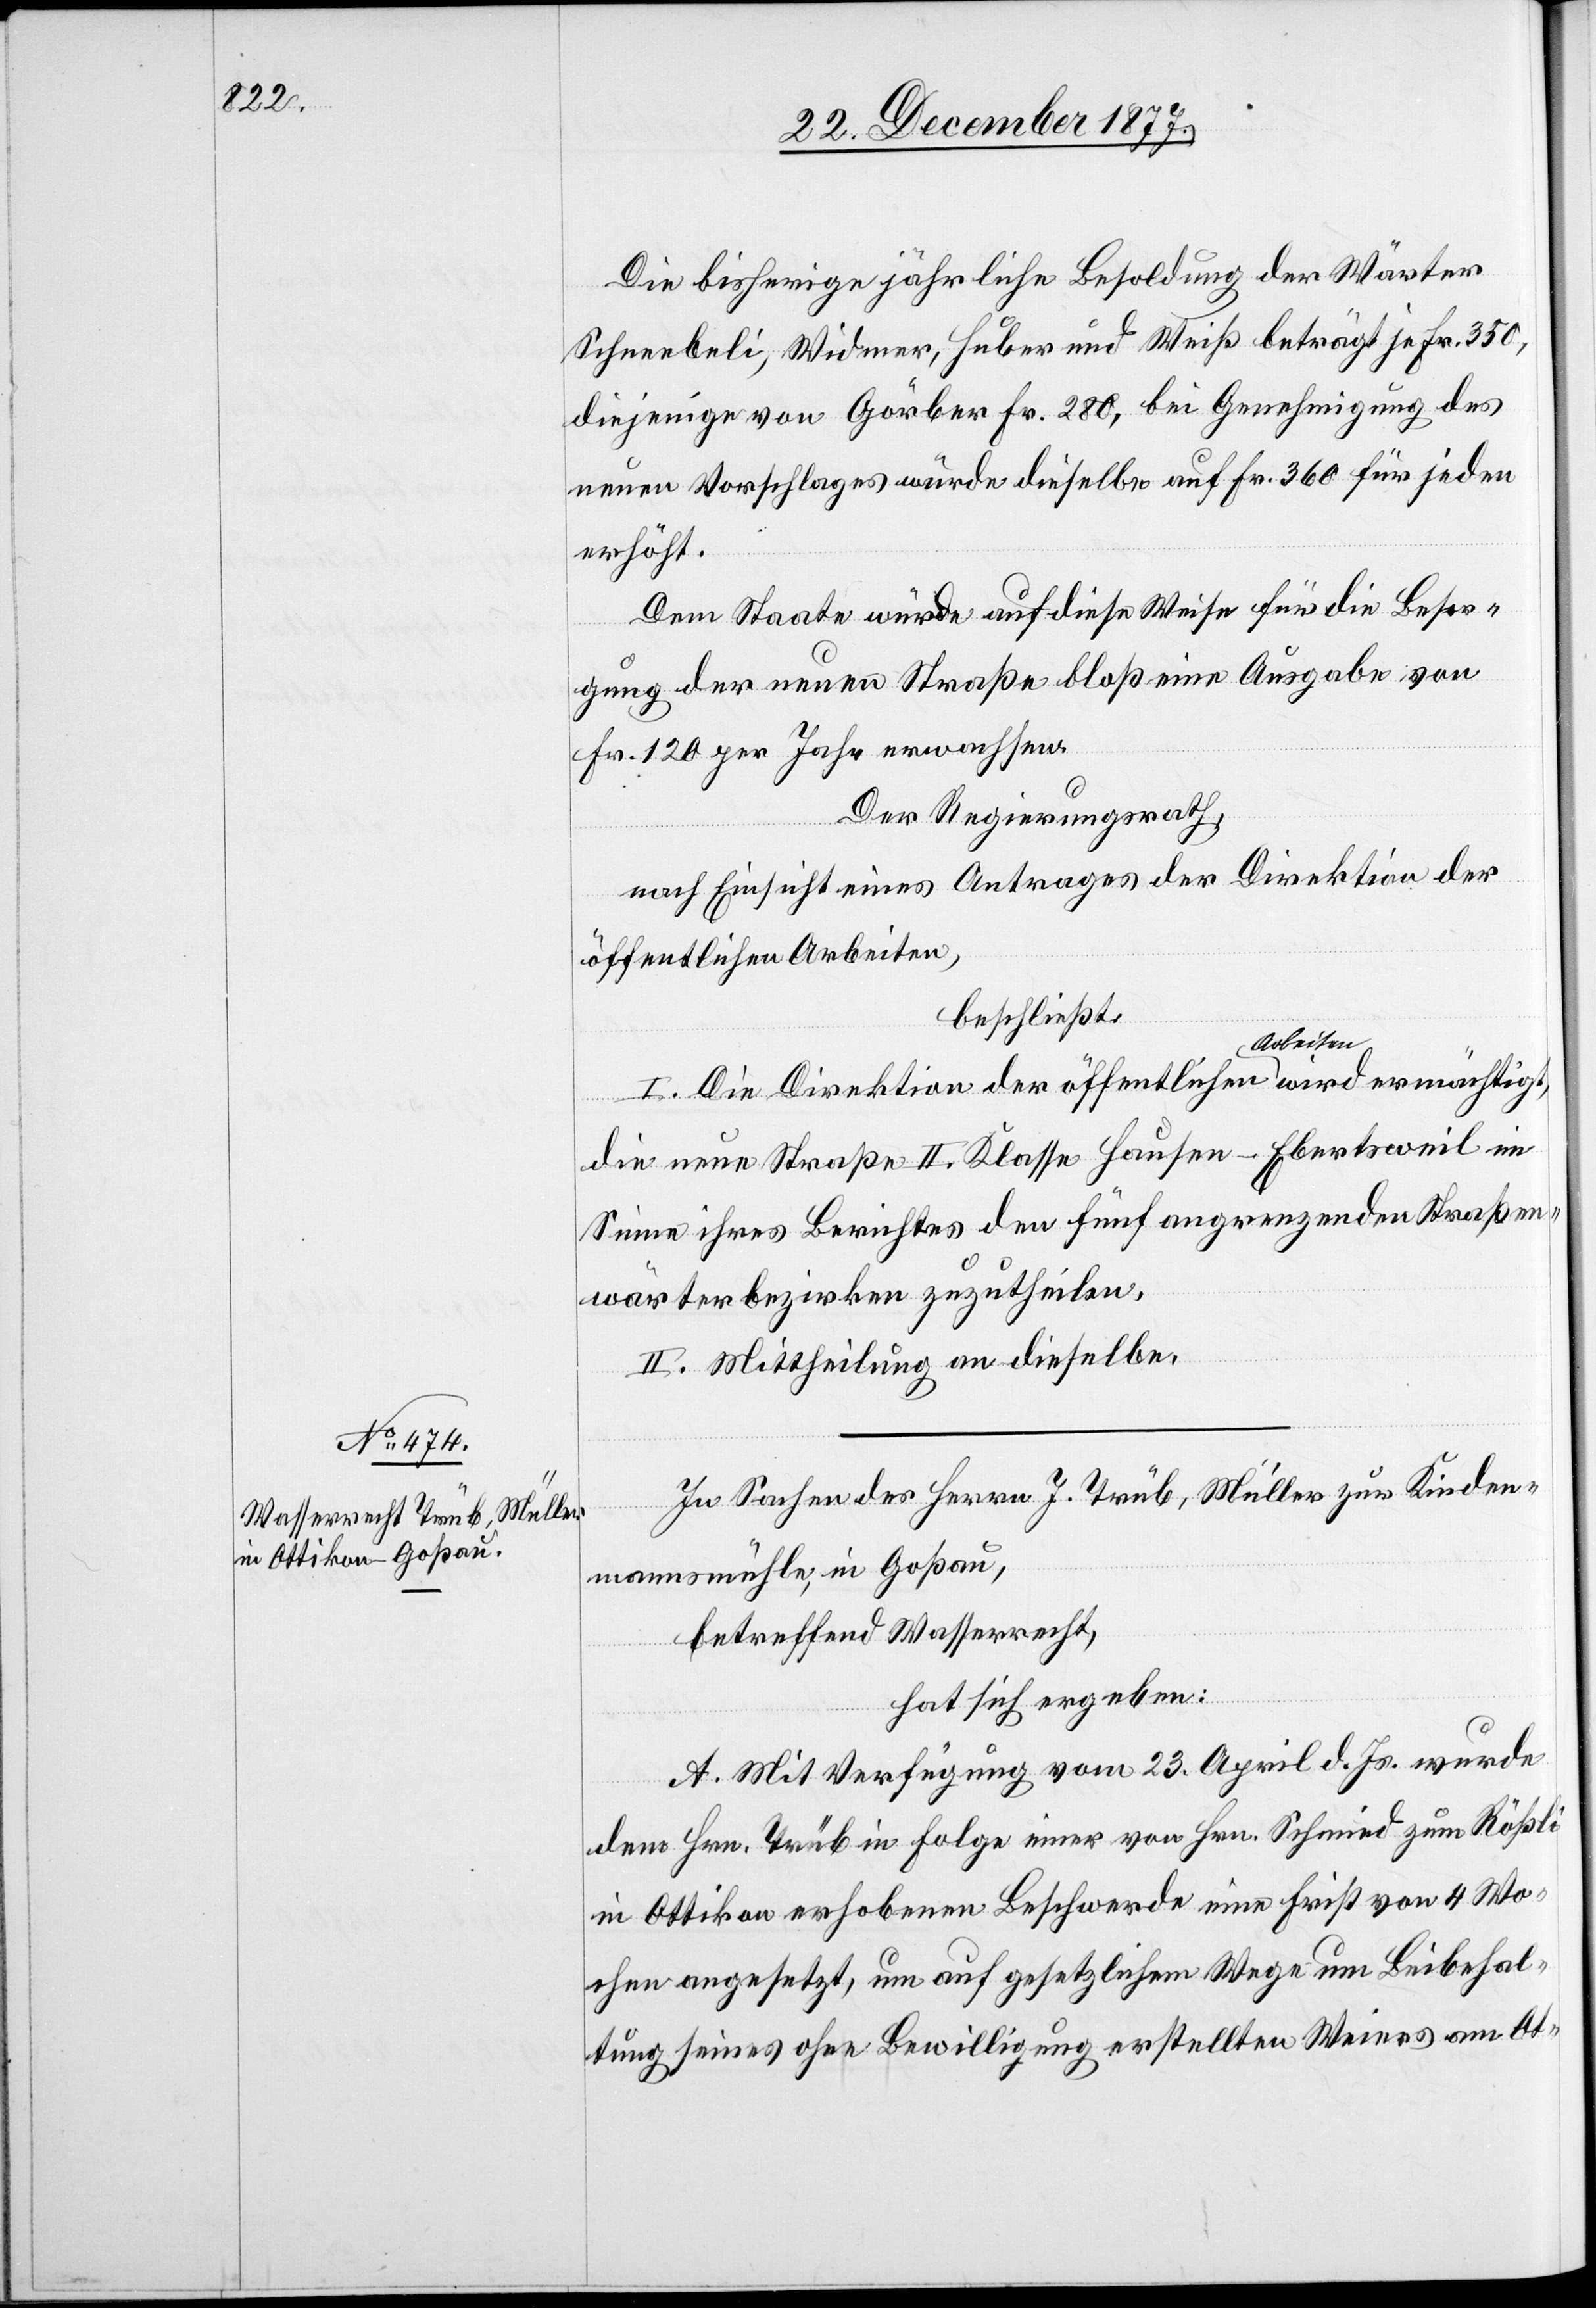
ermächtigt,
Die bisherige jährliche Besoldung der Wärter
Schneebeli, Widmer, Huber und Weiß beträgt je Fr. 350,
diejenige von Görber Fr. 280, bei Genehmigung des
neuen Vorschlages würde dieselbe auf Fr. 360 für jeden
wird
erhöht.
Dem Staate würde auf diese Weise für die Besor¬
der
gung der neuen Straße bloß eine Ausgabe von
Fr. 120 per Jahr erwachsen.
Der Regierungsrath,
nach Einsicht eines Antrages der Direktion der
öffentlichen Arbeiten
beschließt:
die neue Straße II. Klasse Hausen–Ebertsweil im
Sinne ihres Berichtes den fünf angrenzenden Straßen¬
wärterbezirken zuzutheilen.
II. Mittheilung an dieselbe.
In Sachen des Herrn J. Trüb, Müller zur Kinden¬
I.
mannsmühle, in Goßau,
betreffend Wasserrecht,
hat sich ergeben:
A. Mit Verfügung vom 23. April d. Js. wurde
dem Hrn. Trüb in Folge einer von Hrn. Schmid zum Rößli
in Ottikon erhobenen Beschwerde eine Frist von 4 Wo¬
chen angesetzt, um auf gesetzlichem Wege um Beibehal¬
tung seines ohne Bewilligung erstellten Weiers am Ot-